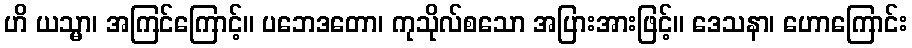
ဟိ ယသ္မာ၊ အကြင်ကြောင့်။ ပဘေဒတော၊ ကုသိုလ်စသော အပြားအားဖြင့်။ ဒေသနာ၊ ဟောကြောင်း